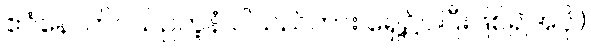
ဧဝံနောက်ဝယ်ဥတူနံ ပါသည်ကား ရှေ့၌ပါပြီးဖြစ်၍အပို၊)